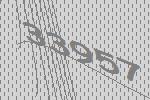
33957